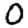
Digit: 0